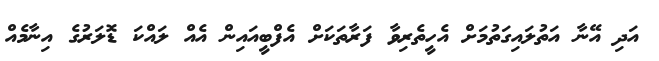
އަދި އޭނާ އަތުލައިގަތުމަށް އެހީތެރިވާ ފަރާތަކަށް އެފްބީއައިން އެއް ލައްކަ ޑޮލަރުގެ އިނާމެއް